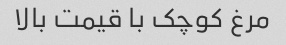
مرغ کوچک با قیمت بالا